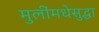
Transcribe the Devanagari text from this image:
मुलींमधेसुद्धा